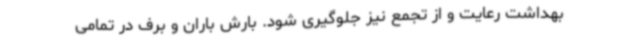
بهداشت رعایت و از تجمع نیز جلوگیری شود. بارش باران و برف در تمامی